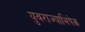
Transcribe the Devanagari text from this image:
युवराज्याभिषेक